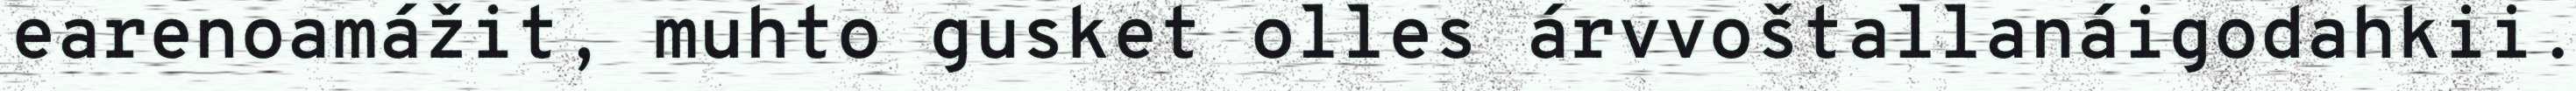
earenoamážit, muhto gusket olles árvvoštallanáigodahkii.